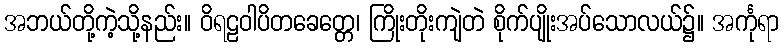
အဘယ်တို့ကဲ့သို့နည်း။ ဝိရဠဝါပိတခေတ္တေ၊ ကြိုးတိုးကျဲတဲ စိုက်ပျိုးအပ်သောလယ်၌။ အင်္ကုရာ